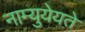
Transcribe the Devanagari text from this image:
नाम्युयेयते